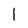
Character: l